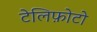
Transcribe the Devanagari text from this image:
टेलिफ़ोटो